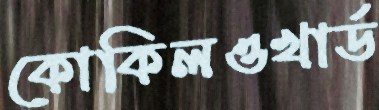
কোকিলওখার্ড